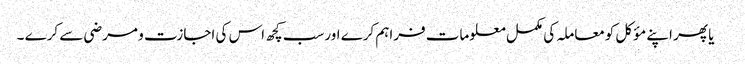
 یا پھر اپنے مؤکل کومعاملہ کی مکمل معلومات فراہم کرے اورسب کچھ اس کی اجازت و مرضی سے کرے ۔